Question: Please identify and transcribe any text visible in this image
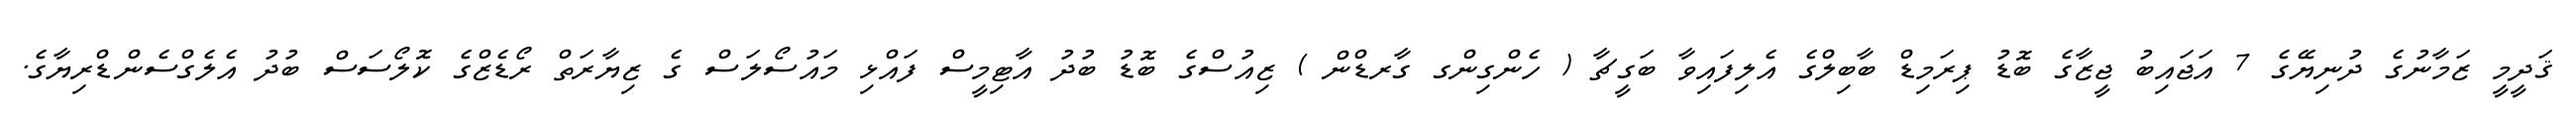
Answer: ޤަދީމީ ޒަމާނުގެ ދުނިޔޭގެ 7 އަޖައިބު ޖީޒާގެ ބޮޑު ޕިރަމިޑް ބާބިލްގެ އެލިފައިވާ ބަގީޗާ ( ހެންގިންގ ގާރޑްން ) ޒިއުސްގެ ބޮޑު ބުދު އާޓިމީސް ފައްޅި މައުސޯލަސް ގެ ޒިޔާރަތް ރޯޑެޒްގެ ކޮލޯސަސް ބުދު އެލެގްސެންޑްރިޔާގެ.